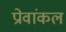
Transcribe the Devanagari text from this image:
प्रोवांकल